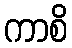
ကာစိ